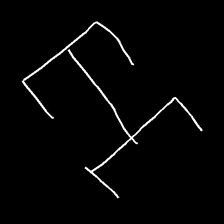
Glyph: entwine